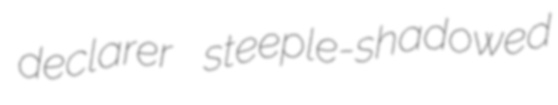
declarer steeple-shadowed